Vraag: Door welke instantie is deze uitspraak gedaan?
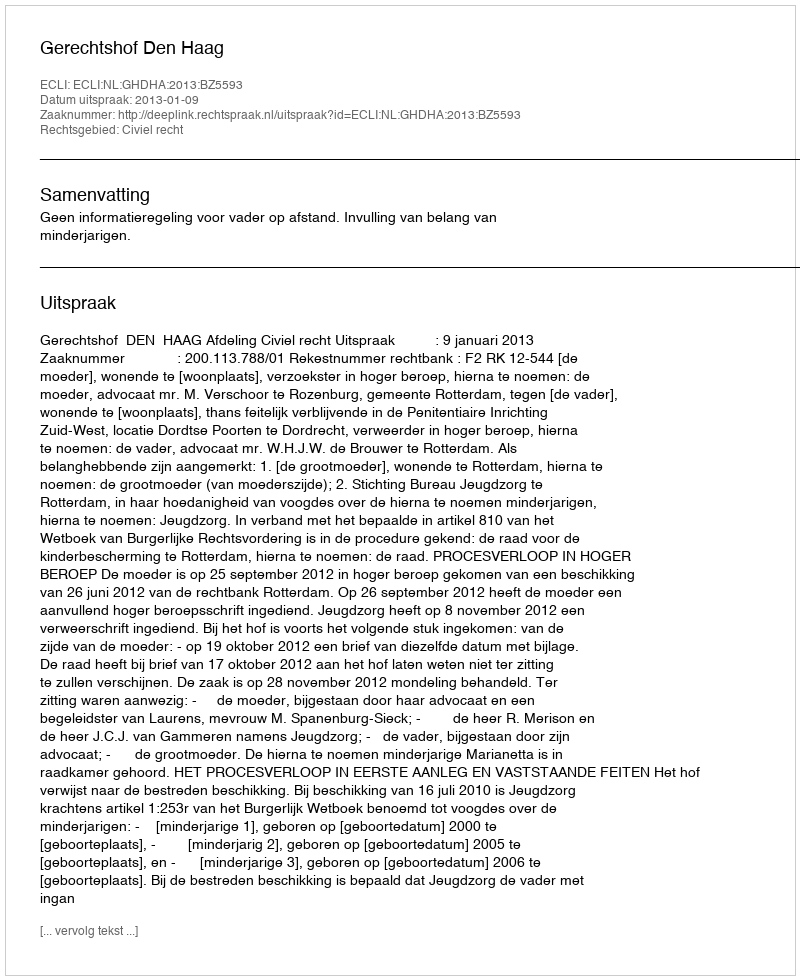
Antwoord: Gerechtshof Den Haag